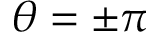
\theta = \pm \pi